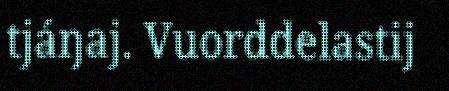
tjáŋaj. Vuorddelastij